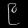
Digit: ၉